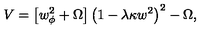
V = \left[ w _ { \phi } ^ { 2 } + \Omega \right] \left( 1 - \lambda \kappa w ^ { 2 } \right) ^ { 2 } - \Omega ,